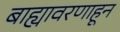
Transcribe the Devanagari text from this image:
बाह्यावरणाहून